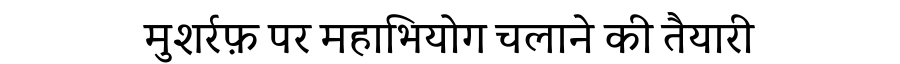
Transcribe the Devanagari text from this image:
मुशर्रफ़ पर महाभियोग चलाने की तैयारी